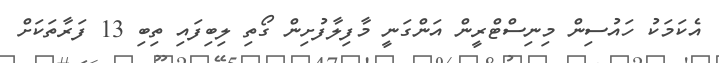
އެކަމަކު ހައުސިން މިނިސްޓްރީން އަންގަނީ މާފިލާފުށިން ގޯތި ލިބިފައި ތިބި 13 ފަރާތަކަށް